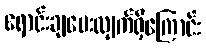
ရောင်းချပေးလျက်ရှိကြောင်း